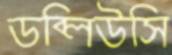
ডব্লিউসি